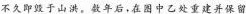
不久即毁于山洪。数年后，在图中乙处重建并保留